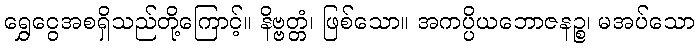
ရွှေငွေအစရှိသည်တို့ကြောင့်။ နိဗ္ဗတ္တံ၊ ဖြစ်သော။ အကပ္ပိယဘောဇနဉ္စ၊ မအပ်သော